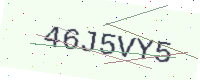
Text: 46J5VY5